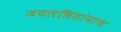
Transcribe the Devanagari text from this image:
जयललितांनाच